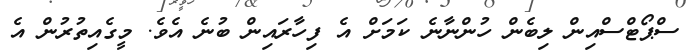
ސްޕޯޓްސްއިން ލިބެން ހުންނާނެ ކަމަށް އެ ފިހާރައިން ބުނެ އެވެ. މީގެއިތުރުން އެ